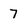
Character: 7